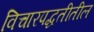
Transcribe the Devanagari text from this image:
विचारपद्धतीतील